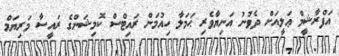
އަފްރާޝީމް ޢަލީއަށް ދެވުނު އަނިޔާވެރި ޙަމަލާ ހިއުމަން ރައިޓްސް ކޮމިޝަންގެ ރައީސާ މަރިޔަމް